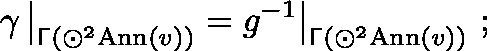
\gamma \, \big | _ { \mathsf { \Gamma } ( \odot ^ { 2 } \mathrm { A n n } ( v ) ) } = g ^ { - 1 } \big | _ { \mathsf { \Gamma } ( \odot ^ { 2 } \mathrm { A n n } ( v ) ) } \ ;